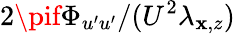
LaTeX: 2\pif\Phi_{u^{\prime}u^{\prime}}/(U^{2}\lambda_{\mathbf{x},z})